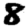
Digit: 8